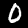
Digit: 0